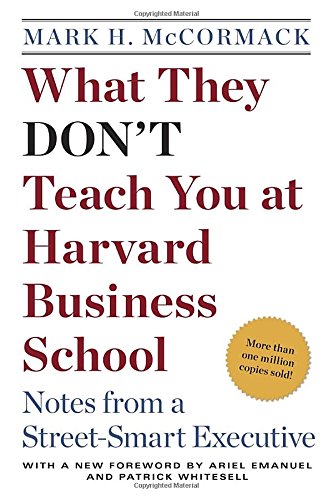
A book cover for What They Don't Teach You at Harvard Business School: Notes from a Street-smart Executive; Mark H. McCormack; Business & Money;